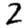
Digit: 2